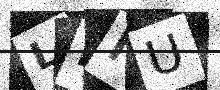
Text: LDNU